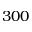
3 0 0